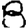
Digit: 8